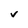
Character: v